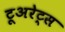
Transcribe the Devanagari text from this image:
टूअरेट्स